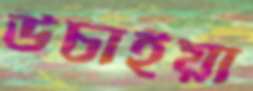
উচাইয়া